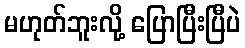
မဟုတ်ဘူးလို့ ပြောပြီးပြီပဲ